Lunatic asylums Punjab 1895-1910 - 1895-1910
Year: 1895
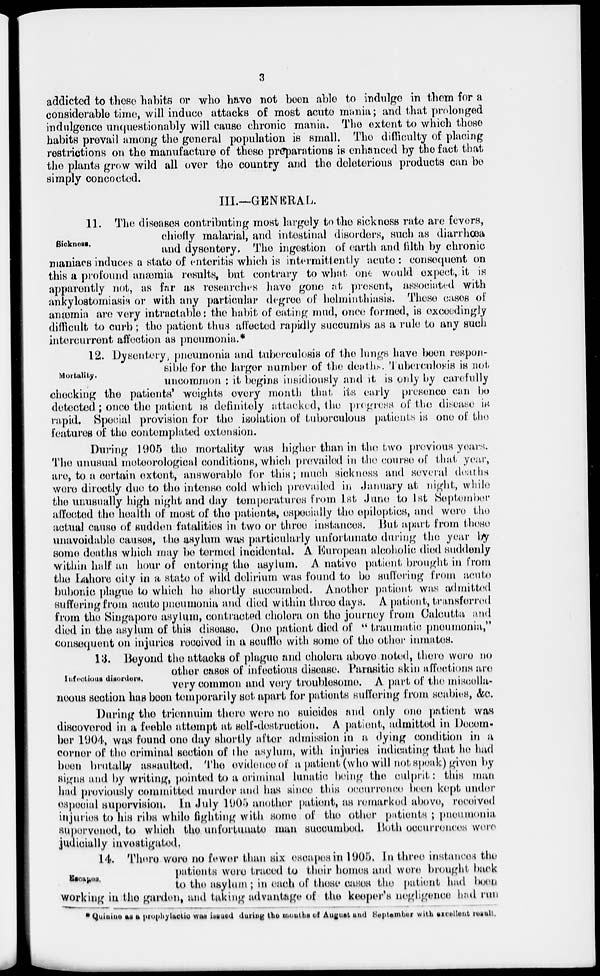
3
addicted to these habits or who have not been able to indulge in them for a
considerable time, will induce attacks of most acute mania; and that prolonged
indulgence unquestionably will cause chronic mania. The extent to which those
habits prevail among the general population is small. The difficulty of placing
restrictions on the manufacture of these preparations is enhanced by the fact that
the plants grow wild all over the country and the deleterious products can be
simply concocted.
Sickness.
III—GENERAL
11. The diseases contributing most largely to the sickness rate are fevers,
chiefly malarial, and intestinal disorders, such as diarrhœa
and dysentery. The ingestion of earth and filth by chronic
maniacs induces a state of enteritis which is intermittently acute : consequent on
this a profound anæmia results, but contrary to what one would expect, it is
apparently not, as far as researches have gone at present, associated with
ankylostomiasis or with any particular degree of helminthiasis. These cases of
anæmia are very intractable : the habit of eating mud, once formed, is exceedingly
difficult to curb; the patient thus affected rapidly succumbs as a rule to any such
intercurrent affection as pneumonia.*
Mortality.
12. Dysentery, pneumonia and tuberculosis of the lungs have been respon-
sible for the larger number of the deaths. Tuberculosis is not
uncommon : it begins insidiously and it is only by carefully
checking the patients' weights every month that its early presence can be
detected; once the patient is definitely attacked, the progress of the disease is
rapid. Special provision for the isolation of tuberculous patients is one of the
features of the contemplated extension.
During 1905 the mortality was higher than in the two previous years.
The unusual meteorological conditions, which prevailed in the course of that year,
are, to a certain extent, answerable for this; much sickness and several deaths
were directly duo to the intense cold which provailed in January at night, while
the unusually high night and day temperatures from 1st June to 1st September
affected the health of most of the patients, especially the epileptics, and were the
actual cause of sudden fatalities in two or three instances. But apart from these
unavoidable causes, the asylum was particularly unfortunate during the year by
some deaths which may be termed incidental. A European alcoholic died suddenly
within half an hour of entering the asylum. A native patient brought in from
the Lahore city in a state of wild delirium was found to be suffering from acute
bubonic plague to which he shortly succumbed. Another patient was admitted
suffering from acute pneumonia and died within three days. A patient, transferred
from the Singapore asylum, contracted cholera on the journey from Calcutta and
died in the asylum of this disease. One patient died of " traumatic pneumonia,"
consequent on injuries received in a scuffle with some of the other inmates.
lnfectious disorders.
13. Beyond the attacks of plague and cholera above noted, there were no
other cases of infectious disease. Parasitic skin affections are
very common and very troublesome. A part of the miscella-
neous section has been temporarily set apart for patients suffering from scabies, &c.
During the triennuim there were no suicides and only one patient was
discovered in a feeble attempt at self-destruction. A patient, admitted in Decem-
ber 1904, was found one day shortly after admission in a dying condition in a
corner of the criminal section of the asylum, with injuries indicating that he had
been brutally assaulted. The evidence of a patient (who will not speak) given by
signs and by writing, pointed to a criminal lunatic being the culprit: this man
had previously committed murder and has since this occurrence been kept under
especial supervision. In July 1905 another patient, as remarked above, received
injuries to his ribs while fighting with some of the other patients ; pneumonia
supervened, to which the unfortunate man succumbed. Both occurrences were
judicially investigated,
Escapes.
14. There were no fewer than six escapes in 1905. In three instances the
patients were traced to their homes and were brought back
to the asylum; in each of those cases the patient had been
working in the garden, and taking advantage of the keeper's negligence had run
* Quinine as a prophylactic was issued during the months of August and September with excellent result.